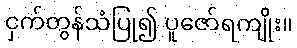
ငှက်တွန်သံပြု၍ ပူဇော်ရကျိုး။